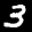
Label: 3